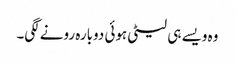
وہ ویسے ہی لیٹی ہوئی دوبارہ رونے لگی۔